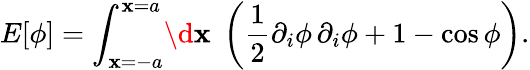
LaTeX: E[\phi]=\int_{\mathbf{x}=-a}^{\mathbf{x}=a}\! \d{\mathbf{x}}\; \left(\frac{{1}}{{2}}\partial_{i}\phi\, \partial_{i}\phi+1-\cos\phi\right).